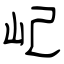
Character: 屺